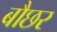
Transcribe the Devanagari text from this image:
बौछर